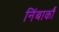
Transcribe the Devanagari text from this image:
निंबार्कौ